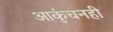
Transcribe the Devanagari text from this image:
आकुंचनही